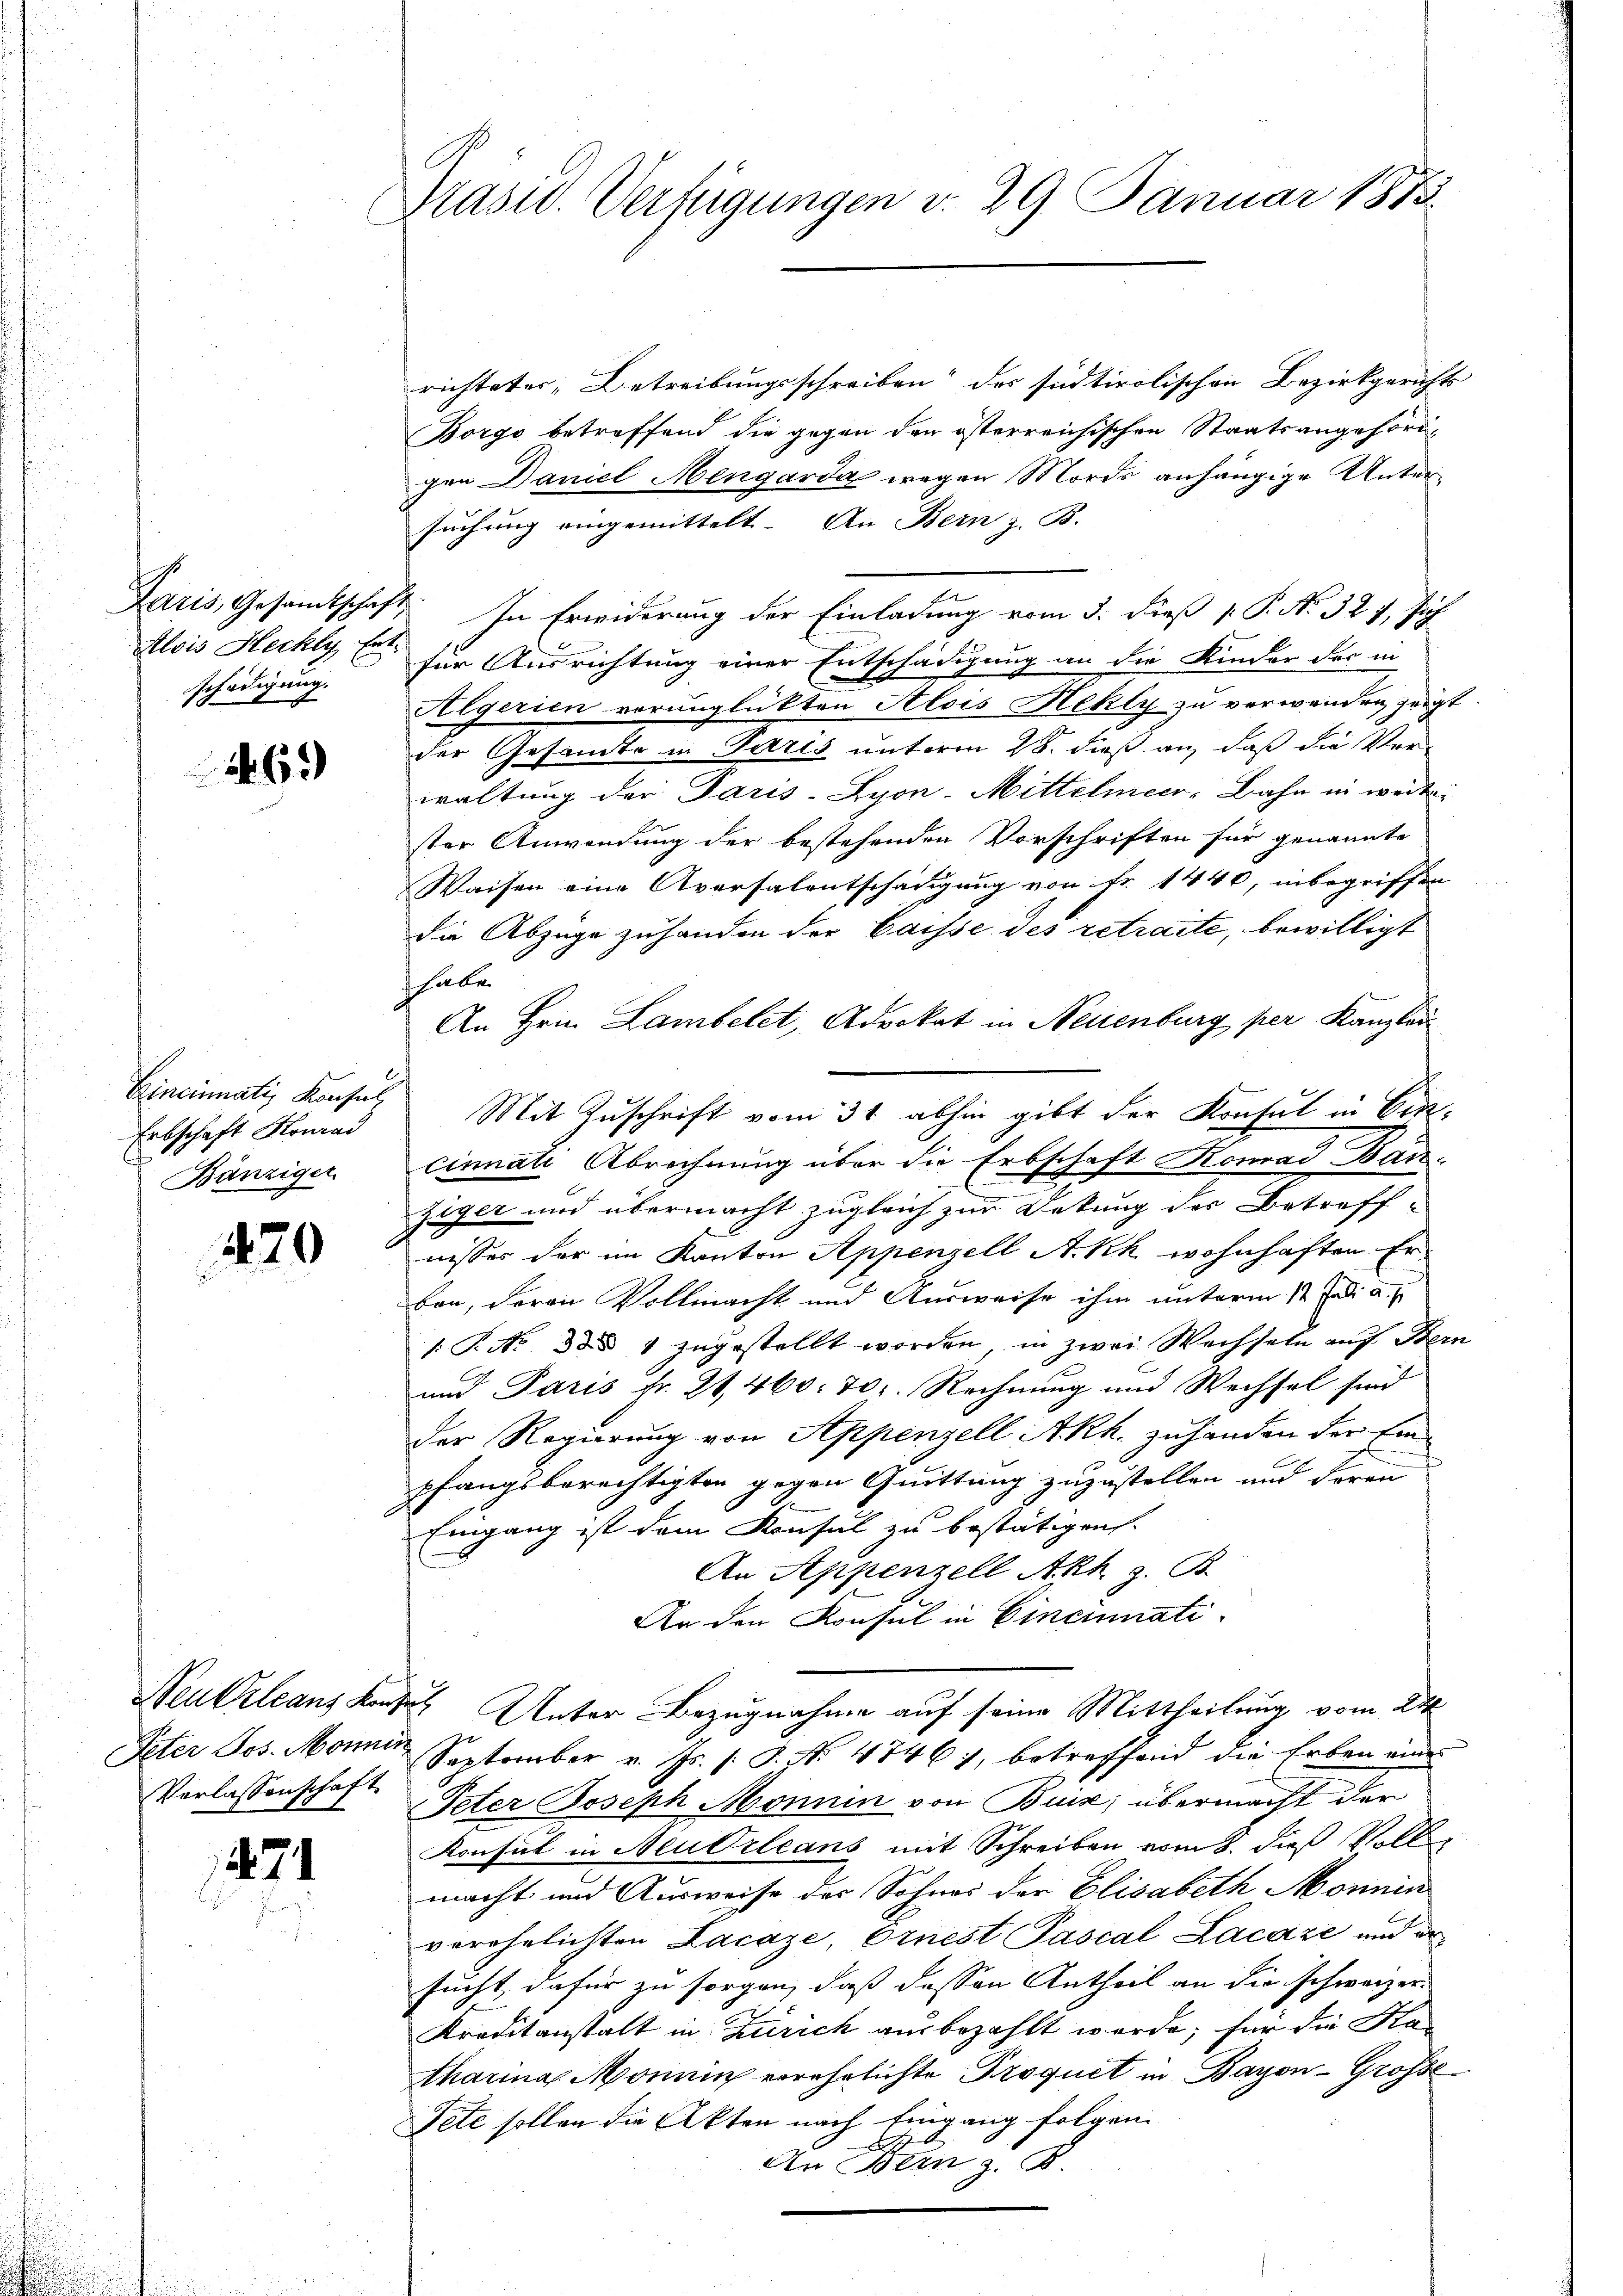
Alois Hechly Ert
schädigung.

469

Erbschaft Konrad
Bänziger

420

Verlassenschaft

471

Präsid. Verfügungen v. 29. Januar 1873.

richteter, Betreibungsschreiben des südtirolischen Bezirkgerichts
Borgo betreffend die gegen den österreichischen Staatsangehörde
gen Daniel Mengarda wegen Mords anhängige Untersuchung eingemittelt. An Bern z. B.
Paris, Gesamtschaft. In Erwiderung der Einladung vom 3. dieß P. P. No. 327, sich
für Ausrichtung einer Entschädigung an die Kinder des in
Algerien verunglükten Alois Hehly zu verwenden zeigt
der Gesandte in Paris unterm 28. dieß an, daß die Verwaltung der Paris-Zyon-Mittelmeer-Bahn in weitei
ster Anwendung der bestehenden Vorschriften für genannte
Waisen eine Aversalentschädigung von Fr. 1440, inbegriffen
die Abzüge zu handen der Caisse des retraite, bewilligt
habe.
An Hrn. Lambelet, Advokat in Neuenburg per Kanzlei
Cincinati, Konsul Mit Zuschrift vom 31. abhin gibt der Kontul in Eincinnati Abrechnung über die Erbschaft Komai Bau-
Ziger und übermacht zugleich zur Detung der Betreff-
nisses der im Kanton Appenzell A.Rh. wohnhaften Erben, deren Vollmacht und Ausweise ihm unterm 12. Juli a. p.
1: P. Nr. 384 zugestellt worden, in zwei Wechseln auf Bern
und Paris fr. 21, 460. 701. Rechnung und Wechsel sind
Der Regierung von Appenzell A.Rh. zuhanden der Einpfangsberechtigten gegen Quittung zuzustellen und deren
Eingang ist dem Konsul zu bestätigen.
An Appenzell Akh z. B.
An den Konsul in Cincinnati¬
Neukzleans Konzen Unter Bezugnahme auf seine Mittheilung vom 24
J
Peter Jes. Manne September v. Js. s. S. Nr. 4746), betreffend die Erben eine
Peter Joseph Monnin von Buis, übermacht der
Konsul in Neubrleans mit Schreiben vom 8. dieß Voll
macht und Ausweise des Sohnes der Elisabeth Monnin
verehelichten Lacaze, Ornest Pascal Lacaze und ersucht, dafür zu sorgen, daß dassen Antheil an die schweizer-
Kreditanstalt in Zürich ausbezahlt werde; für die Ka
tharina Monnin verehrlichte Proquet in Bayon-Grosse
Tete sollen die Akten nach Eingang folgen.
A
An Bern z. B.

u